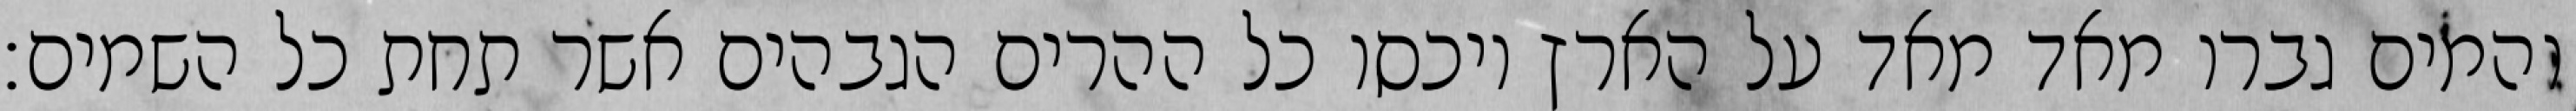
והמים גברו מאד מאד על הארץ ויכסו כל ההרים הגבהים אשר תחת כל השמים׃